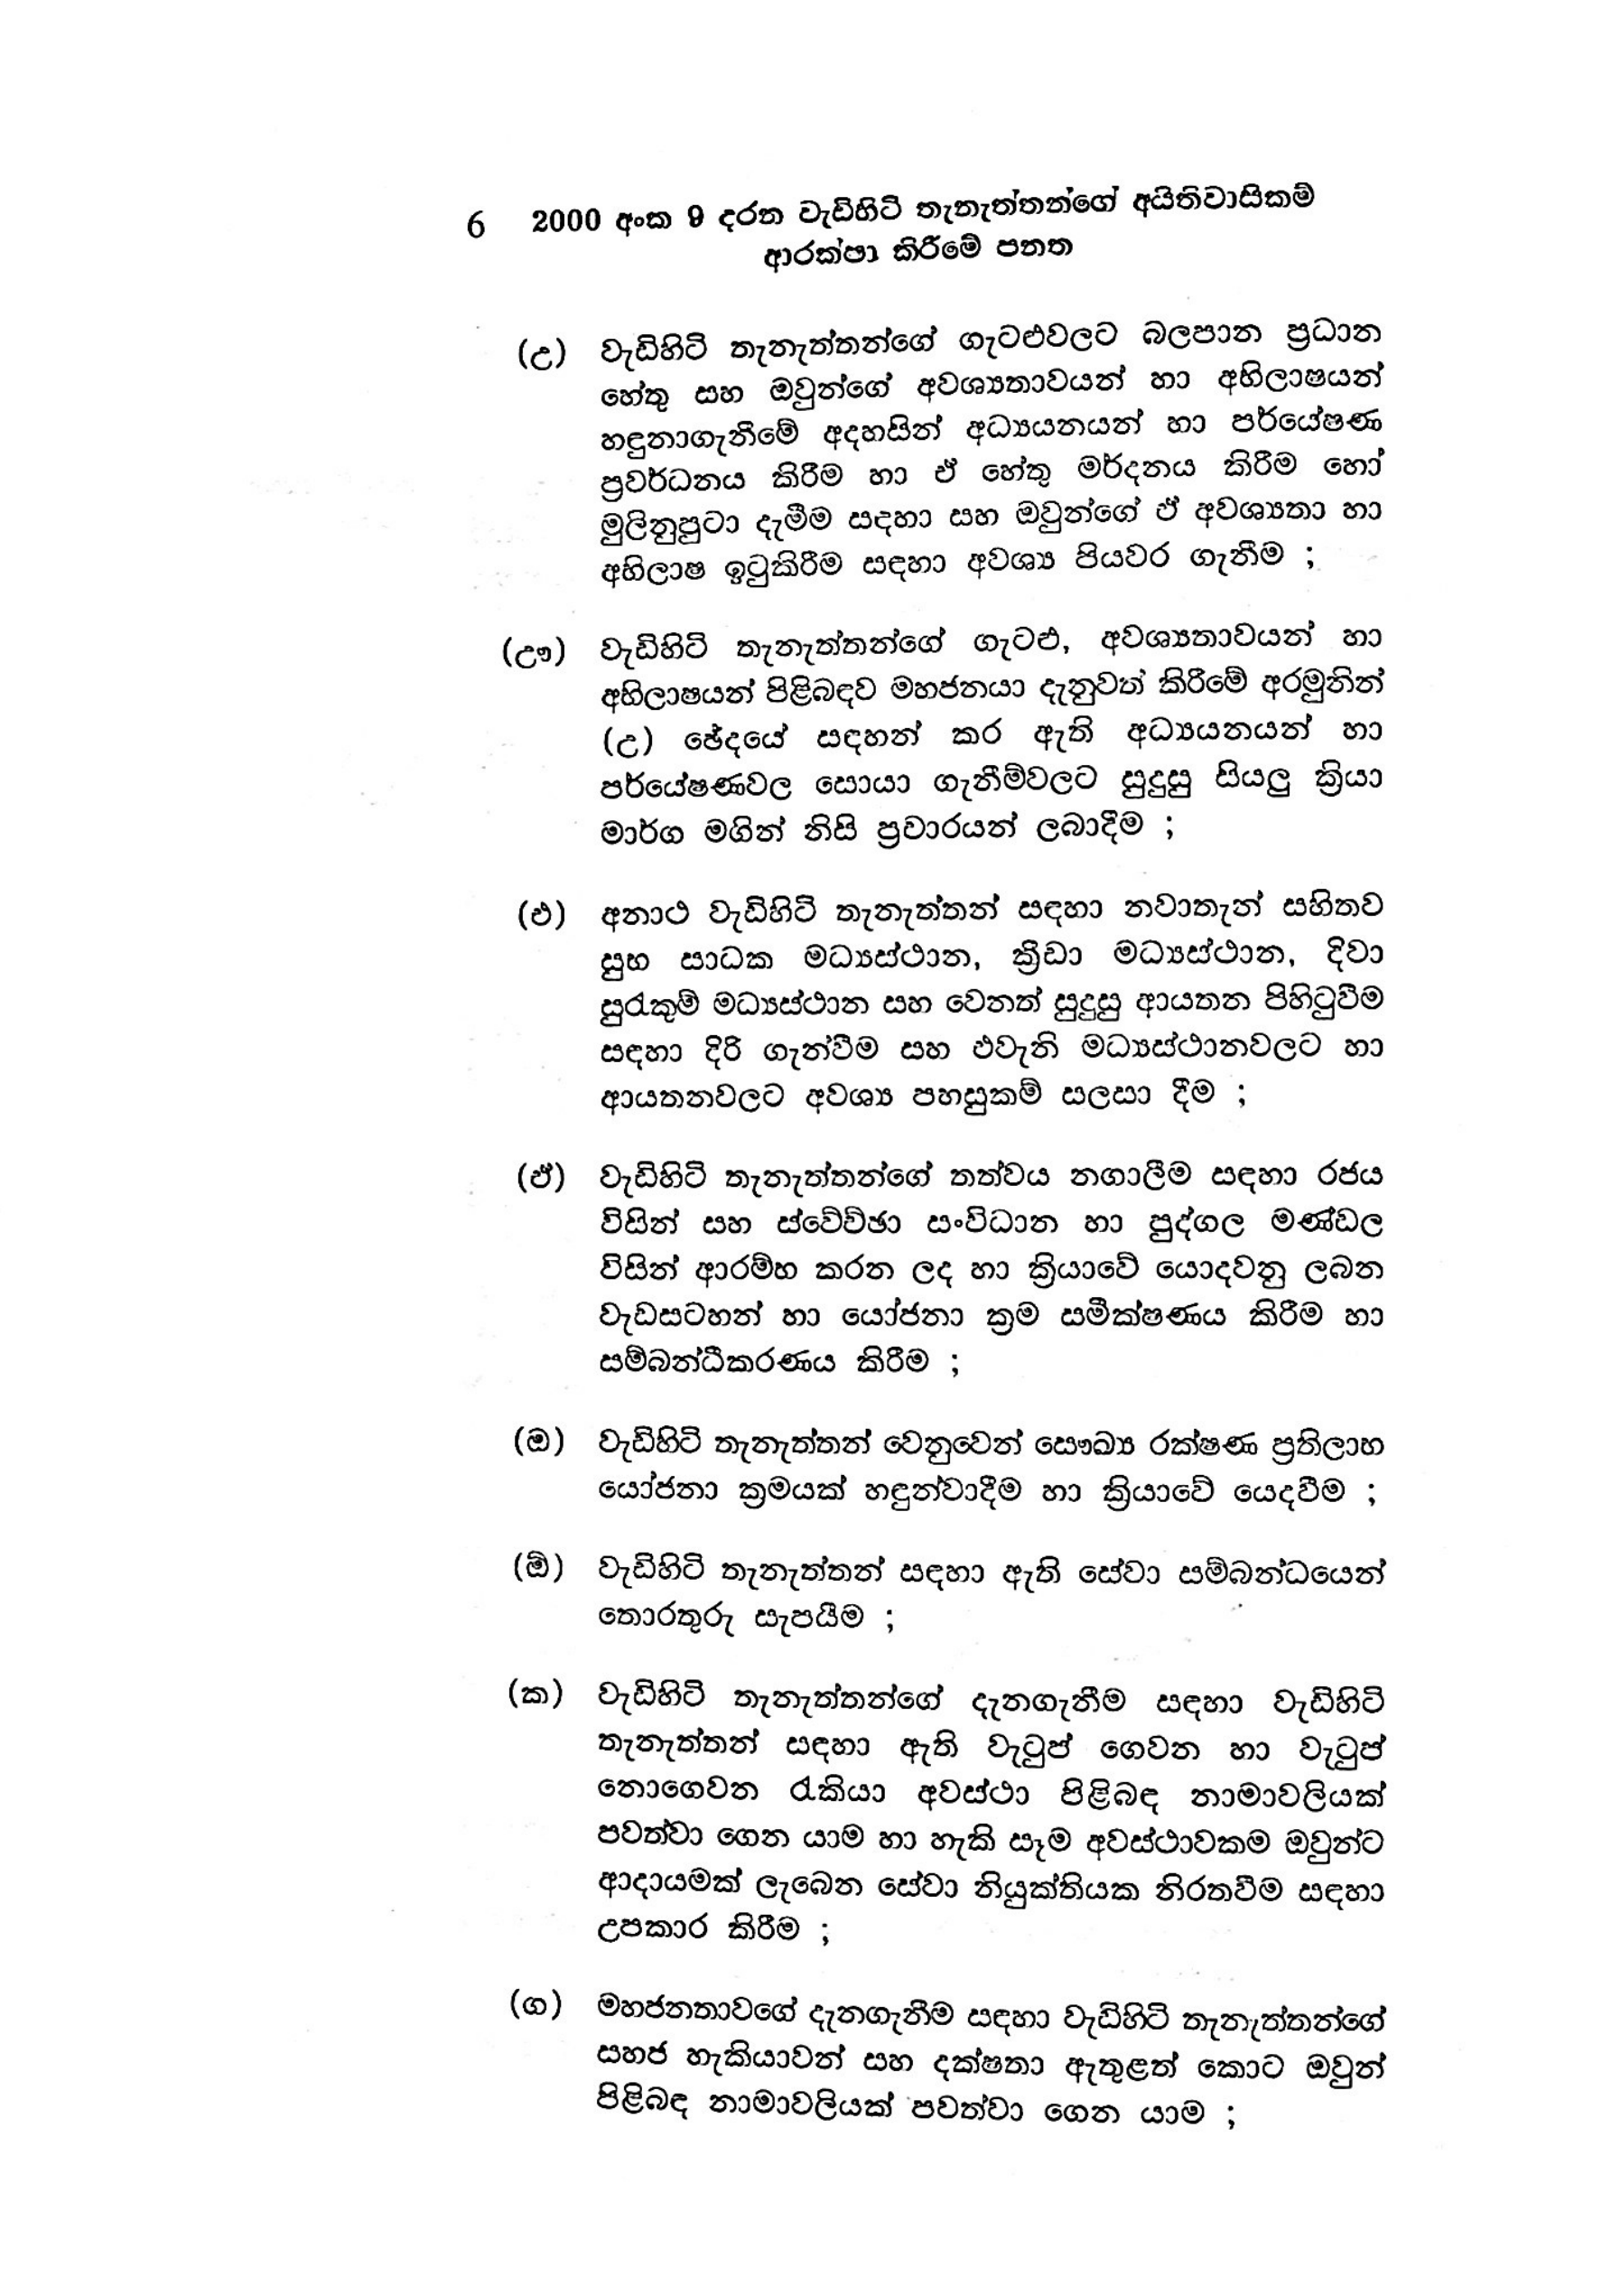
6 2000 අංක 9 දරන වැඩිහිටි තැනැත්තන්ගේ අයිතිවාසිකම්
ආරක්ෂා කිරීමේ පනත

(උ) වැඩිහිටි තැනැත්තන්ගේ ගැටළුවලට බලපාන ප්‍රධාන
හේතු සහ ඔවුන්ගේ අවශ්‍යතාවයන් හා අභිලාෂයන්
හඳුනාගැනීමේ අදහසින් අධ්‍යයනයන් හා පර්යේෂණ
ප්‍රවර්ධනය කිරීම හා ඒ හේතු මර්දනය කිරීම හෝ
මුලිනුපුටා දැමීම සදහා සහ ඔවුන්ගේ ඵ් අවශ්‍යතා හා
අභිලාෂ ඉටුකිරීම සඳහා අවශ්‍ය පියවර ගැනීම ;

(ඌ) වැඩිහිටි තැනැත්තන්ගේ ගැටළු, අවශ්‍යතාවයන් හා
අභිලාෂයන් පිළිබඳව මහජනයා දැනුවත් කිරීමේ අරමුනින්
(උ) ඡේදයේ සඳහන් කර ඇති අධ්‍යයනයන් හා
පර්යේෂණවල සොයා ගැනීම්වලට සුදුසු සියලු ක්‍රියා
මාර්ග මගින් නිසි ප්‍රචාරයන් ලබාදීම ;

(එ) අනාථ වැඩිහිටි තැනැත්තන් සඳහා නවාතැන් සහිතව
සුභ සාධක මධ්‍යස්ථාන, ක්‍රීඩා මධ්‍යස්ථාන, දිවා
සුරැකුම් මධ්‍යස්ථාන සහ වෙනත් සුදුසු ආයතන පිහිටුවීම
සඳහා දිරි ගැන්වීම සහ එවැනි මධ්‍යස්ථානවලට හා
ආයතනවලට අවශ්‍ය පහසුකම් සලසා දීම ;

(ඒ) වැඩිහිටි තැනැත්තන්ගේ තත්වය නගාලීම සඳහා රජය
විසින් සහ ස්වේච්ඡා සංවිධාන හා පුද්ගල මණ්ඩල
විසින් ආරම්භ කරන ලද හා ක්‍රියාවේ යොදවනු ලබන
වැඩ සටහන් හා යෝජනා ක්‍රම සමීක්ෂණය කිරීම හා
සම්බන්ධීකරණය කිරීම ;

(ඔ) වැඩිහිටි තැනැත්තන් වෙනුවෙන් සෞඛ්‍ය රක්ෂණ ප්‍රතිලාභ
යෝජනා ක්‍රමයක් හඳුන්වාදීම හා ක්‍රියාවේ යෙදවීම ;

(ඕ) වැඩිහිටි තැනැත්තන් සඳහා ඇති සේවා සම්බන්ධයෙන්
තොරතුරු සැපයීම ;

(ක) වැඩිහිටි තැනැත්තන්ගේ දැනගැනීම සඳහා වැඩිහිටි
තැනැත්තන් සඳහා ඇති වැටුප් ගෙවන හා වැටුප්
නොගෙවන රැකියා අවස්ථා පිළිබඳ නාමාවලියක්
පවත්වා ගෙන යාම හා හැකි සෑම අවස්ථාවකම ඔවුන්ට
ආදායමක් ලැබෙන සේවා නියුක්තියක නිරතවීම සඳහා
උපකාර කිරීම ;

(ග) මහජනතාවගේ දැනගැනීම සඳහා වැඩිහිටි තැනැත්තන්ගේ
සහජ හැකියාවන් සහ දක්ෂතා ඇතුළත් කොට ඔවුන්
පිළිබඳ නාමාවලියක් පවත්වා ගෙන යාම ;